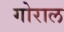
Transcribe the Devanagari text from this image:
गोराल